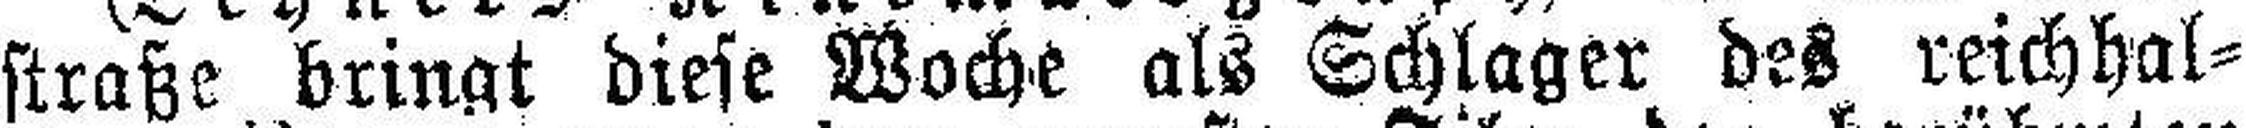
straße bringt diese Woche als Schlager des reichhal¬